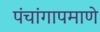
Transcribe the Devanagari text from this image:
पंचांगापमाणे